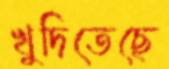
খুদিতেছে